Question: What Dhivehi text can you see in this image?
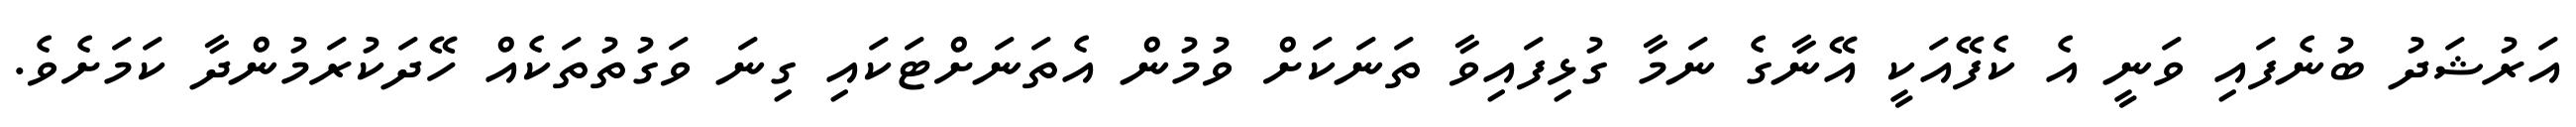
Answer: އަރުޝަދު ބުނެފައި ވަނީ އެ ކެފޭއަކީ އޭނާގެ ނަމާ ގުޅިފައިވާ ތަނަކަށް ވުމުން އެތަނަށްޓަކައި ގިނަ ވަގުތުތަކެއް ހޭދަކުރަމުންދާ ކަމަށެވެ.